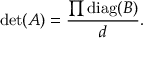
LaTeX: \operatorname* { d e t } ( A ) = { \frac { \prod \operatorname { d i a g } ( B ) } { d } } .